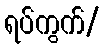
ရပ်ကွက်/